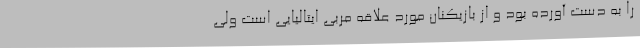
را به دست آورده بود و از بازیکنان مورد علاقه مربی ایتالیایی است ولی